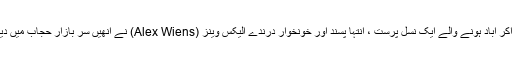
روس سے جرمنی میں آکر آباد ہونے والے ایک نسل پرست ، انتہا پسند اور خونخوار درندے الیکس وینز (Alex Wiens) نے انھیں سرِ بازار حجاب میں دیکھا تو انھیں گالیاں دیں۔